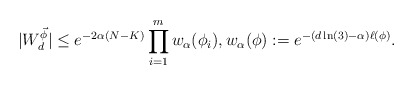
\begin{align*}|W_d^{\vec{\phi}}| & \leq e^{ - 2\alpha(N-K)} \prod_{i=1}^m w_\alpha (\phi_i), w_\alpha(\phi) := e^{ -(d\ln(3)-\alpha) \ell(\phi)}.\end{align*}